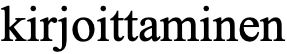
kirjoittaminen